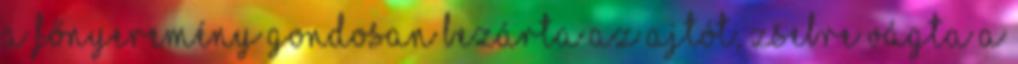
A főnyeremény Gondosan bezárta az ajtót, zsebre vágta a